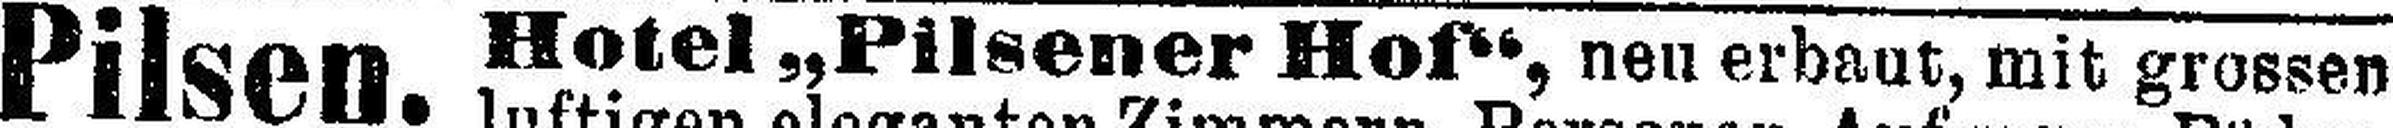
Pilsen.